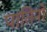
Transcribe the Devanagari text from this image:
पातिनो